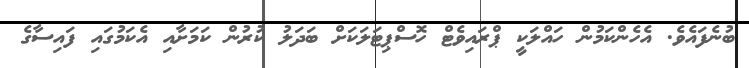
ބުނެފައެވެ. އެހެންކަމުން ހައްލަކީ ޕްރައިވެޓް ހޮސްޕިޓަލަކަށް ބަދަލު ކުރުން ކަމަށާއި އެކަމުގައި ފައިސާގެ